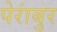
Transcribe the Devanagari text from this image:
पेरांबुर